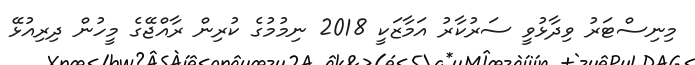
މިނިސްޓަރު ވިދާޅުވީ ސަރުކާރު އަމާޒަކީ 2018 ނިމުމުގެ ކުރިން ރާއްޖޭގެ މީހުން ދިރިއުޅޭ